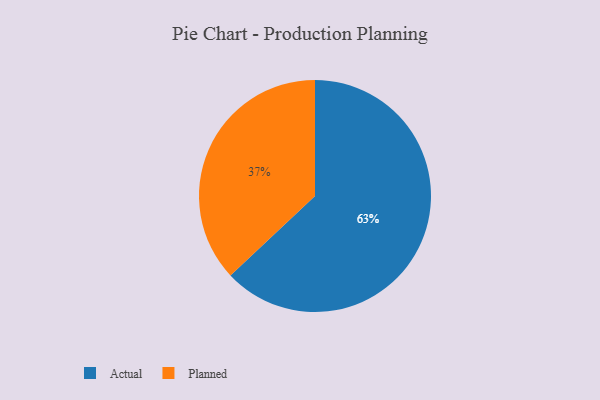
{"axis": {"x": "Category", "y": "Percentage"}, "legend": ["Actual", "Planned"], "data": [{"x": "Planned", "y": 37, "type": "Planned"}, {"x": "Actual", "y": 63, "type": "Actual"}]}